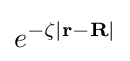
e^{-\zeta |\mathbf {r-R} |}